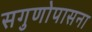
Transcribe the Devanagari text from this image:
सगुणोपासना